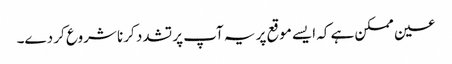
عین ممکن ہے کہ ایسے موقع پر یہ آپ پر تشدد کرنا شروع کر دے۔